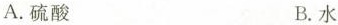
A.硫酸 B.水